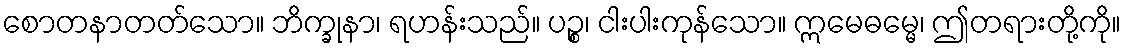
စောတနာတတ်သော။ ဘိက္ခုနာ၊ ရဟန်းသည်။ ပဉ္စ၊ ငါးပါးကုန်သော။ ဣမေဓမ္မေ၊ ဤတရားတို့ကို။